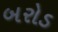
બરોડ